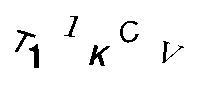
T11KCV